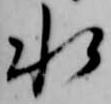
水